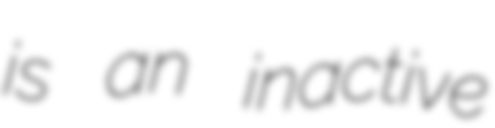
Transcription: is an inactive